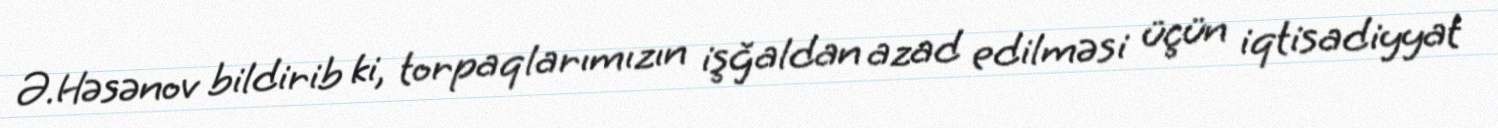
Ə.Həsənov bildirib ki, torpaqlarımızın işğaldan azad edilməsi üçün iqtisadiyyat